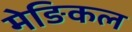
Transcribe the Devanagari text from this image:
मेङिकल